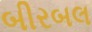
બીરબલ